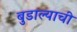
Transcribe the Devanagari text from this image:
बुडाल्याची